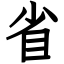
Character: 省